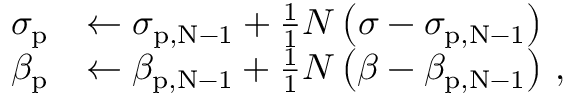
\begin{array} { r l } { \sigma _ { \mathrm { p } } } & { \leftarrow \sigma _ { \mathrm { { p , N - 1 } } } + \frac { 1 } { 1 } { N } \left( \sigma - \sigma _ { \mathrm { { p , N - 1 } } } \right) } \\ { \beta _ { \mathrm { p } } } & { \leftarrow \beta _ { \mathrm { { p , N - 1 } } } + \frac { 1 } { 1 } { N } \left( \beta - \beta _ { \mathrm { { p , N - 1 } } } \right) \, , } \end{array}